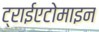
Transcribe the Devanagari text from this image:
ट्राईएटोमाइन